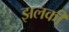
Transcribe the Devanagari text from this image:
झलकी